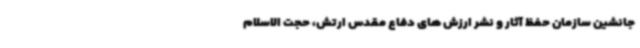
جانشین سازمان حفظ آثار و نشر ارزش های دفاع مقدس ارتش، حجت الاسلام